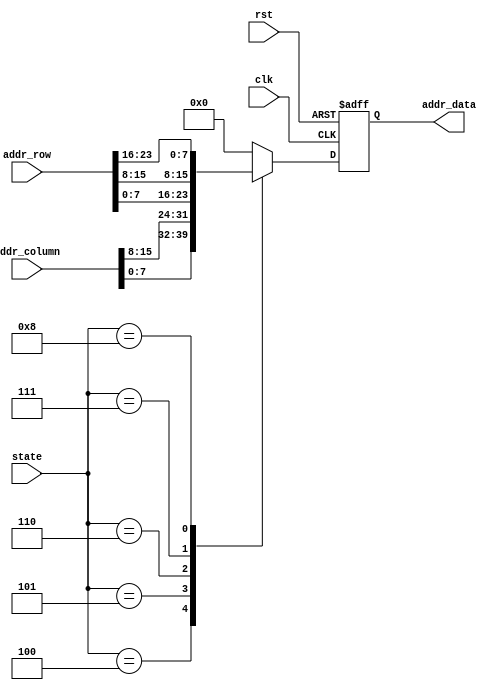
module write_addr(
	input clk,rst,
	input [15:0] addr_column,
	input [23:0] addr_row,
	input [4:0] state,
	output reg [7:0] addr_data
    );
	always @(posedge clk or posedge rst)
		begin
		if(rst)
			addr_data <= 0;
		else
		begin
			case(state)
			4:
				addr_data <= addr_column[7:0];	// C1
			5:
				addr_data <= addr_column[15:8];	// C2
			6:
				addr_data <= addr_row[7:0];		// R1
			7:
				addr_data <= addr_row[15:8];		// R2
			8:
				addr_data <= addr_row[23:16];		// R3
			default
				addr_data <= 8'h00;
			endcase
		end
		end

endmodule